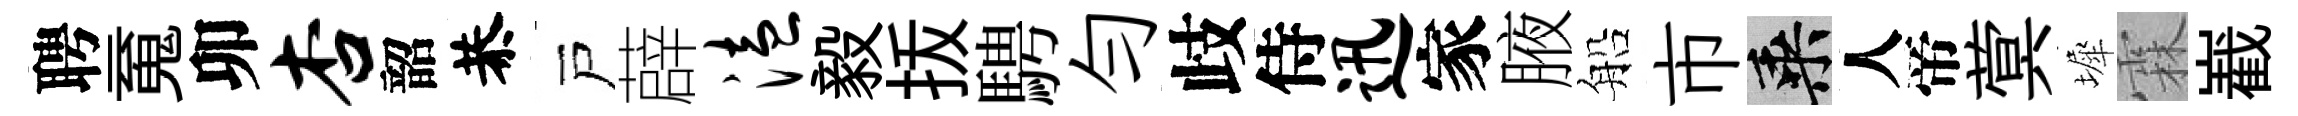
聘䰟卯杏韶恭戸薜溘毅㧞騁勻歧侍迅家腋船市乘人帝蓂墀霖嶻